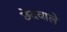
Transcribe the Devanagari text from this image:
छेदवाले